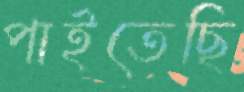
পাইতেছি